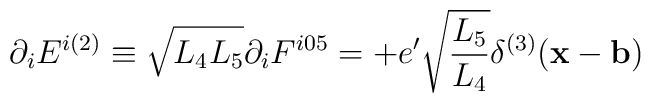
\partial_i E^{i(2)}  \equiv \sqrt{L_4 L_5}\partial_i F^{i05} = + e' \sqrt{\frac{L_5} {L_4}} \delta^{(3)} ({\bf x}-{\bf b})